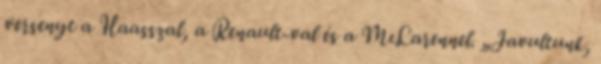
versenyt a Haasszal, a Renault-val és a McLarennel. „Javultunk,